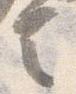
言